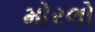
મોરલો